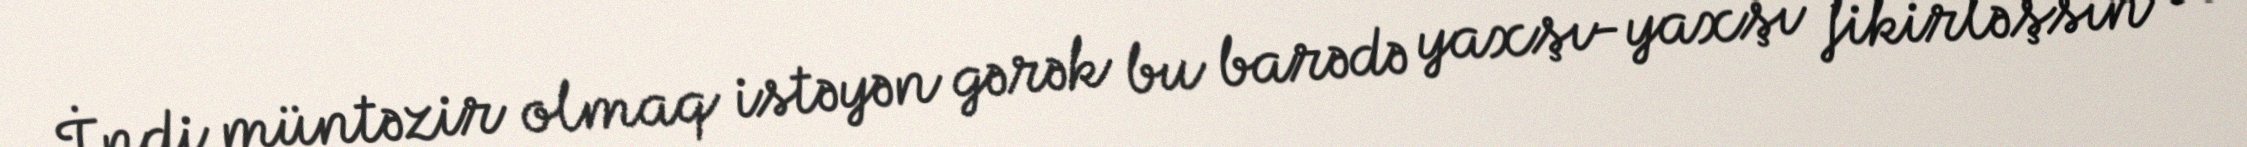
İndi müntəzir olmaq istəyən gərək bu barədə yaxşı-yaxşı fikirləşsin və